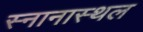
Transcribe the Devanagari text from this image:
स्नानास्थल